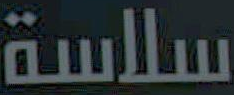
سلاسة